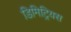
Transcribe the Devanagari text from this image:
डिमिट्रियस